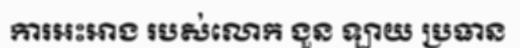
ការអះអាង របស់លោក ងួន ឡាយ ប្រធាន